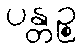
ပန္တဉ္စ